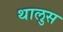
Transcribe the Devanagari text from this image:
थालुस